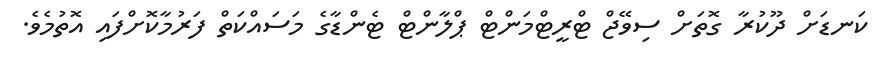
ކަނޑަށް ދޫކުރާ ގޮތަށް ސިވޭޖް ޓްރީޓްމަންޓް ޕްލާންޓް ޓެންޑާގެ މަސައްކަތް ފަރުމާކޮށްފައި އޮތުމެވެ.